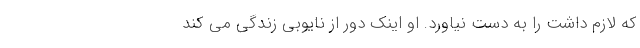
که لازم داشت را به دست نیاورد. او اینک دور از نایوبی زندگی می کند